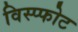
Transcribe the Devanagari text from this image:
विस्प्फोट